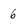
Character: 6